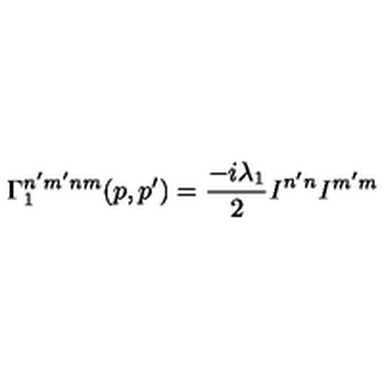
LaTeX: \Gamma _ { 1 } ^ { n ^ { \prime } m ^ { \prime } n m } ( p , p ^ { \prime } ) = \frac { - i \lambda _ { 1 } } { 2 } { \it I } ^ { n ^ { \prime } n } { \it I } ^ { m ^ { \prime } m }